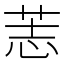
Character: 䓌